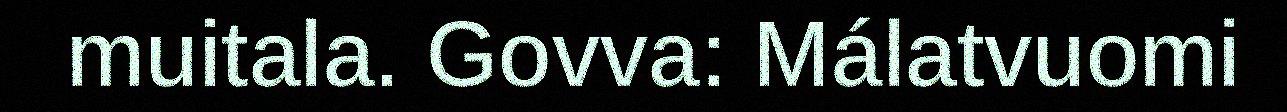
muitala. Govva: Málatvuomi